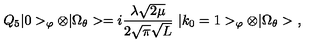
Q _ { 5 } | 0 > _ { \varphi } \otimes | \Omega _ { \theta } > = i \frac { \lambda \sqrt { 2 \mu } } { 2 \sqrt { \pi } \sqrt { L } } \ | k _ { 0 } = 1 > _ { \varphi } \otimes | \Omega _ { \theta } > \ ,